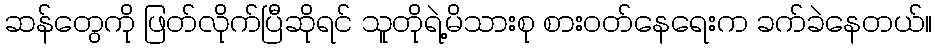
ဆန်တွေကို ဖြတ်လိုက်ပြီဆိုရင် သူတိုရဲ့မိသားစု စားဝတ်နေရေးက ခက်ခဲနေတယ်။